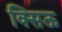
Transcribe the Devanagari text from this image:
क्सिऊ